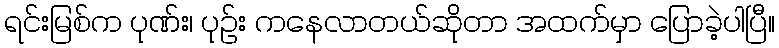
ရင်းမြစ်က ပုဏ်း၊ ပုဉ်း ကနေလာတယ်ဆိုတာ အထက်မှာ ပြောခဲ့ပါပြီ။